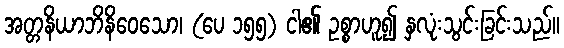
အတ္တနိယာဘိနိဝေသော၊ (ပေ ၁၅၅) ငါ၏ ဥစ္စာဟူ၍ နှလုံးသွင်းခြင်းသည်။